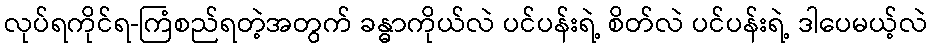
လုပ်ရကိုင်ရ-ကြံစည်ရတဲ့အတွက် ခန္ဓာကိုယ်လဲ ပင်ပန်းရဲ့ စိတ်လဲ ပင်ပန်းရဲ့ ဒါပေမယ့်လဲ